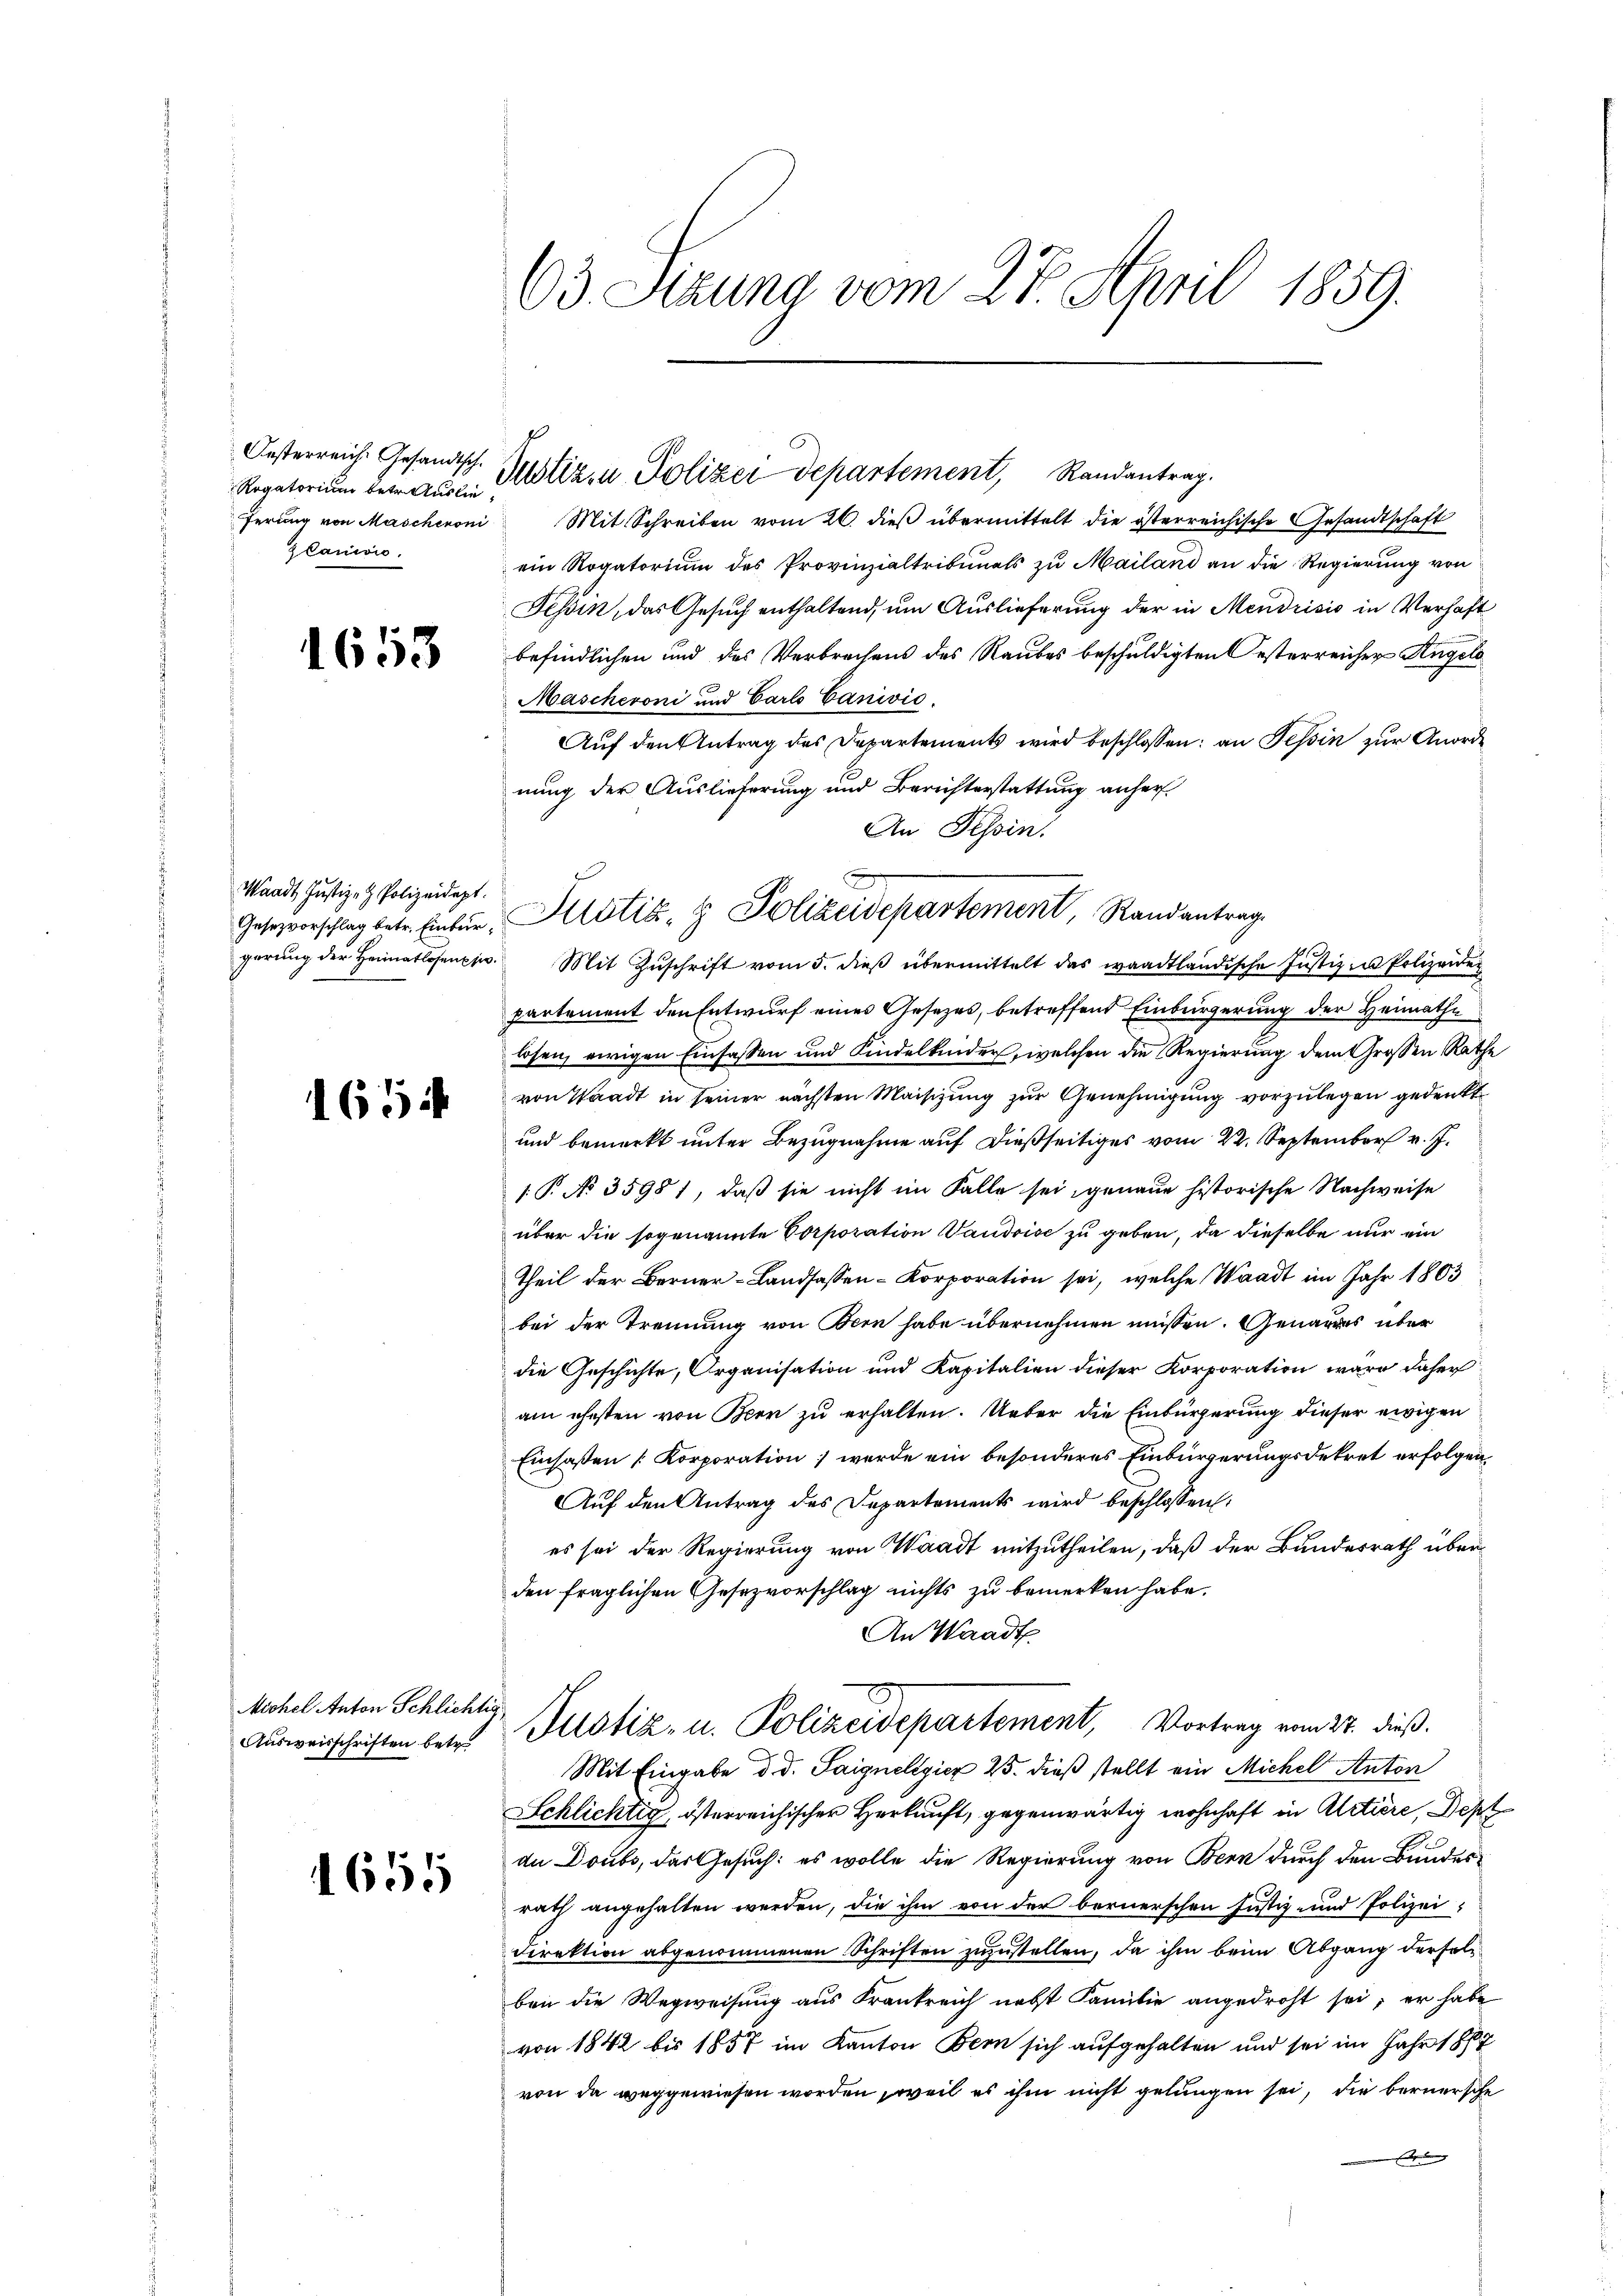
Rogatorium betr. Auslie¬
Zlanivić.

1653

Waadt Justiz- & Polizeidept.

1654

Michel Anton Schlichtig
Ausweisschriften betr.

1655

63 Sizung vom 27. April 1859.

ferung von Mascheroni Mit Schreiben vom 26. dieβ übermittelt die österreichische Gesandtschaft
ein Rogatorium des Provinzialtribunals zu Mailand an die Regierung von
Tessin, das Gesuch enthaltend, um Auslieferung der in Mendrisio in Verhaft
befindlichen und das Verbrechens des Raubes beschuldigten Oesterreicher Angele
Mascheroni und Carlo Canivić.
Auf den Antrag des Departements wird beschlossen: an Tessin zur Anorde
nung der Auslieferung und Berichterstattung anher¬
An Tessin.
gerŭng der Heimatlosenpin. Mit Zŭschrift vom 5. dieβ übermittelt das waadtländische Justiz- u Polizeiden
partement den Entwurf eines Gesetzes, betreffend Einbürgerung der Heimathe
losen, ewigen Einsassen und Kindelkinder, welchen die Regierung dem Großen Rathe
von Waadt in seiner nächsten Maisizung zur Genehmigung vorzulegen gedenkt.
und bemerkt unter Bezugnahme auf dießseitiges vom 22. September v. J.
1.P. No 35981, daß sie nicht im Falle sei genaue historische Nachweise
über die sogenannte Corporation Vaudoise zu geben, da dieselbe nur ein
Theil der Berner-Landsassen-Korporation sei, welche Waadt im Jahr 1803
bei der Trennung von Bern habe übernehmen müssen. Genaues über
die Geschichte, Organisation und Kapitalien dieser Korporation wäre daher
am ehesten von Bern zu erhalten. Ueber die Einbürgerung dieser ewigen
Einsaßen [Korporation; werde ein besonderes Einbürgerungsdekret erfolgen,
Auf den Antrag des Departements wird beschlossen:
es sei der Regierung von Waadt mitzutheilen, daß der Bundesrath über
den fraglichen Gesezvorschlag nichts zu bemerken habe.
An Waadt
Justiz, u. Polizeidepartement, Vortrag vom 27. dieß.
Mit Eingabe d. d. Paignelgier 25. dieß stellt ein Michel Anton
Schlichtig, österreichischer Herkunft, gegenwärtig wohnhaft in Aletiere, Dep
du Doubs, das Gesuch: es wolle die Regierung von Bern durch den Bundesrath angehalten werden, die ihm von der bernerschen Justiz- und Polizei-
Direktion abgenommenen Schriften zuzustellen, da ihm beim Abgang der folben die Wegweisung aus Frankreich nebst Familie angedroht sei; er habe
von 1842 bis 1857 im Kanton Bern sich aufgehalten und sei im Jahr 1889
von da weggewiesen worden, weil es ihm nicht gelungen sei, die bernersche

Oesterreich. Gesandtsch. Justiz u. Polizei departement, Randantrag.

Gesezvorschlag betr. Einter, Altstit. Polizeidepartement, Randantrag